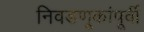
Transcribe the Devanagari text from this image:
निवडणूकांपूर्वी